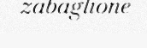
zabaglione